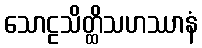
သောဠသိတ္ထိသဟဿာနံ